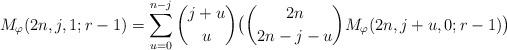
LaTeX: \begin{align*}M_{\varphi}(2n,j,1;r-1)=\sum_{u=0}^{n-j}\binom{j+u}{u}\bigl{(}\binom{2n}{2n-j-u}M_{\varphi}(2n,j+u,0;r-1)\bigr{)}\end{align*}